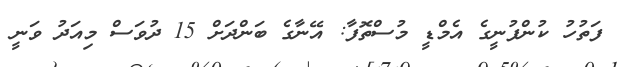
ފަތުހު ކުންފުނީގެ އެމްޑީ މުސްތޮފާ: އޭނާގެ ބަންދަށް 15 ދުވަސް މިއަދު ވަނީ